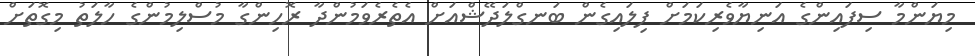
މިޔަންމާ ސިފައިންގެ އަނިޔާވެރިކަމަށް ފިލައިގެން ބަނގްލަދޭޝްއަށް އެތެރެވަމުންދާ ރޮހިންގާ މުސްލިމުންގެ ހާލަތު މިގޮތަށް